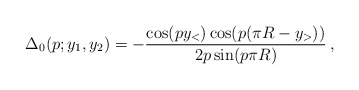
\begin{align*}\Delta_0(p;y_1,y_2) = - \frac{\cos (p y_<) \cos(p(\pi R-y_>))} {2 p\sin (p\pi R)} \, ,\end{align*}